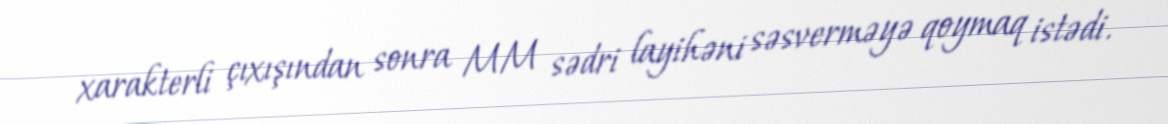
xarakterli çıxışından sonra MM sədri layihəni səsverməyə qoymaq istədi.